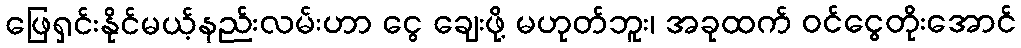
ဖြေရှင်းနိုင်မယ့်နည်းလမ်းဟာ ငွေ ချေးဖို့ မဟုတ်ဘူး၊ အခုထက် ဝင်ငွေတိုးအောင်